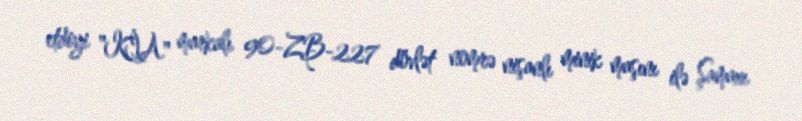
etdiyi "KİA" markalı 90-ZB-227 dövlət nomrə nişanlı minik maşını ilə Şamaxı